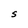
Character: S